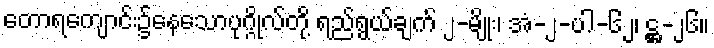
တောရကျောင်း၌နေသောပုဂ္ဂိုလ်တို့ ရည်ရွယ်ချက် ၂-မျိုး၊ အံ-၂-ပါ-၆၂၊ ဋ္ဌ-၂၆။